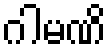
ဂါမဏိ